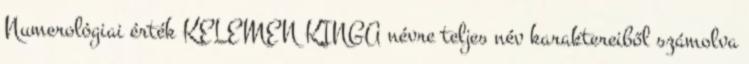
Numerológiai érték KELEMEN KINGA névre teljes név karaktereiből számolva